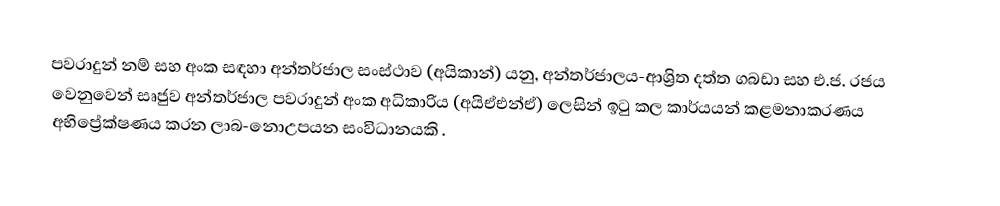
පවරාදුන් නම් සහ අංක සඳහා අන්තර්ජාල සංස්ථාව (අයිකාන්) යනු, අන්තර්ජාලය-ආශ්‍රිත දත්ත ගබඩා සහ එ.ජ. රජය වෙනුවෙන් සෘජුව  අන්තර්ජාල පවරාදුන් අංක අධිකාරිය (අයිඒඑන්ඒ) ලෙසින් ඉටු කල කාර්යයන් කළමනාකරණය අභිප්‍රේක්ෂණය කරන  ලාබ-නොඋපයන සංවිධානයකි .